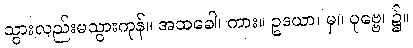
သွားလည်းမသွားကုန်။ အထခေါ၊ ကား။ ဥဒယာ၊ မှ။ ပုဗ္ဗေ၊ ၌။